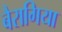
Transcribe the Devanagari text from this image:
बैरागिया